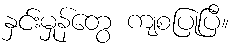
နှင်းမှုန်တွေ ကျစပြုပြီ။